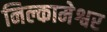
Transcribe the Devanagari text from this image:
निल्कामेश्वर